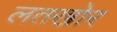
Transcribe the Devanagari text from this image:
लतखोर